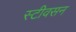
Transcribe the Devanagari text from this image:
स्टीवसन